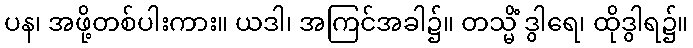
ပန၊ အဖို့တစ်ပါးကား။ ယဒါ၊ အကြင်အခါ၌။ တသ္မိံ ဒွါရေ၊ ထိုဒွါရ၌။